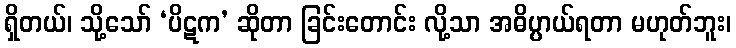
ရှိတယ်၊ သို့သော် ‘ပိဋက’ ဆိုတာ ခြင်းတောင်း လို့သာ အဓိပ္ပာယ်ရတာ မဟုတ်ဘူး၊